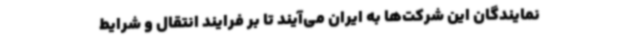
نمایندگان این شرکت‌ها به ایران می‌آیند تا بر فرایند انتقال و شرایط